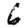
Digit: 6